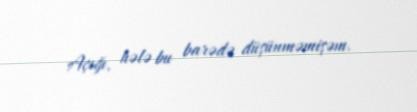
Açığı, hələ bu barədə düşünməmişəm.